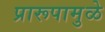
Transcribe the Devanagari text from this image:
प्रारूपामुळे